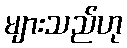
များသည်ဟု